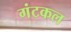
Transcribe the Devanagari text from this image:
गंटकल